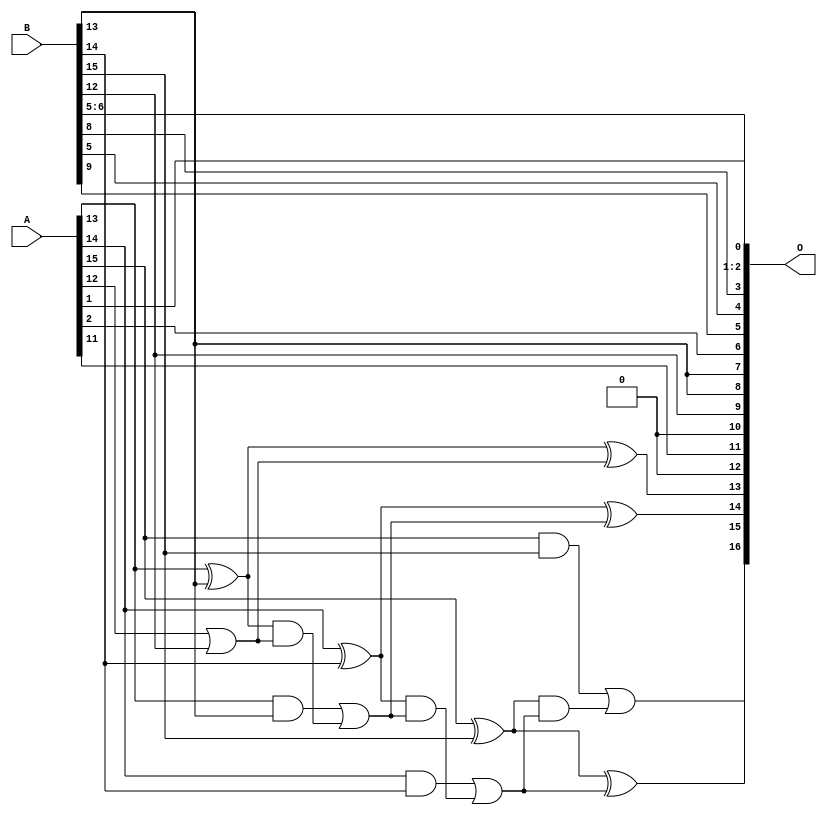
/***
* This code is a part of EvoApproxLib library (ehw.fit.vutbr.cz/approxlib) distributed under The MIT License.
* When used, please cite the following article(s): PRABAKARAN B. S., MRAZEK V., VASICEK Z., SEKANINA L., SHAFIQUE M. ApproxFPGAs: Embracing ASIC-based Approximate Arithmetic Components for FPGA-Based Systems. DAC 2020. 
***/
// MAE% = 1.63 %
// MAE = 2134 
// WCE% = 4.63 %
// WCE = 6075 
// WCRE% = 1500.00 %
// EP% = 99.99 %
// MRE% = 4.52 %
// MSE = 62975.827e2 
// FPGA_POWER = 0.32
// FPGA_DELAY = 7.1
// FPGA_LUT = 4.0


module add16u_0QG(A, B, O);
  input [15:0] A, B;
  output [16:0] O;
  wire sig_93, sig_94, sig_95, sig_96, sig_98, sig_99;
  wire sig_100, sig_101, sig_103, sig_104, sig_105, sig_106;
  assign O[11] = A[11];
  assign O[2] = B[6];
  assign O[12] = 1'b0;
  assign O[4] = B[5];
  assign O[10] = 1'b0;
  assign sig_93 = A[12] | B[12];
  assign sig_94 = A[13] ^ B[13];
  assign sig_95 = A[13] & B[13];
  assign sig_96 = sig_94 & sig_93;
  assign O[13] = sig_94 ^ sig_93;
  assign sig_98 = sig_95 | sig_96;
  assign sig_99 = A[14] ^ B[14];
  assign sig_100 = A[14] & B[14];
  assign sig_101 = sig_99 & sig_98;
  assign O[14] = sig_99 ^ sig_98;
  assign sig_103 = sig_100 | sig_101;
  assign sig_104 = A[15] ^ B[15];
  assign sig_105 = A[15] & B[15];
  assign sig_106 = sig_104 & sig_103;
  assign O[15] = sig_104 ^ sig_103;
  assign O[16] = sig_105 | sig_106;
  assign O[0] = A[1];
  assign O[1] = B[5];
  assign O[3] = B[8];
  assign O[5] = B[9];
  assign O[6] = A[2];
  assign O[7] = B[13];
  assign O[8] = B[13];
  assign O[9] = B[12];
endmodule